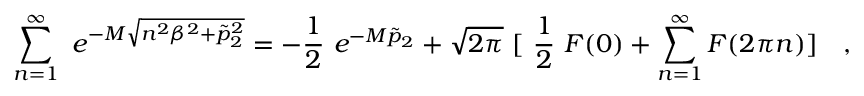
\sum _ { n = 1 } ^ { \infty } ~ e ^ { - M \sqrt { n ^ { 2 } \beta ^ { 2 } + \tilde { p } _ { 2 } ^ { 2 } } } = - \frac { 1 } { 2 } ~ e ^ { - M \tilde { p } _ { 2 } } + \sqrt { 2 \pi } ~ [ ~ \frac { 1 } { 2 } ~ F ( 0 ) + \sum _ { n = 1 } ^ { \infty } F ( 2 \pi n ) ] ~ ~ ~ ,